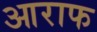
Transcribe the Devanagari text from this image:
आराफ